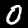
Label: 0